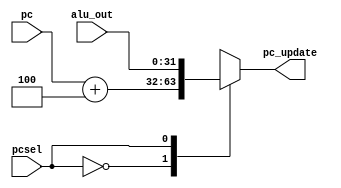
module pc_mux(
input [31:0] alu_out,
input [31:0] pc,
input pcsel,
output reg [31:0] pc_update
);

always @(*)
begin
  case(pcsel)
   1'b0: pc_update = pc + 32'd4;
   1'b1: pc_update = alu_out;
   default: pc_update = pc + 32'd4;
  endcase 
end

endmodule